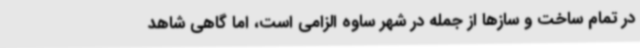
در تمام ساخت و سازها از جمله در شهر ساوه الزامی است، اما گاهی شاهد